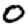
Digit: 0